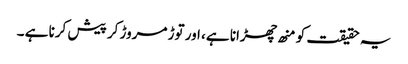
یہ حقیقت کو منھ چھڑانا ہے، اور توڑ مروڑ کر پیش کرنا ہے ۔